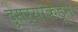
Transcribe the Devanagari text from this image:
दुसर्‍यांकडून